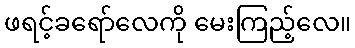
ဖရင့်ခရော်လေကို မေးကြည့်လေ။